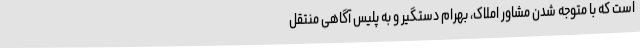
است که با متوجه شدن مشاور املاک، بهرام دستگیر و به پلیس آگاهی منتقل